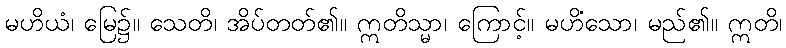
မဟိယံ၊ မြေ၌။ သေတိ၊ အိပ်တတ်၏။ ဣတိသ္မာ၊ ကြောင့်။ မဟိံသော၊ မည်၏။ ဣတိ၊